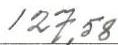
127,58